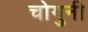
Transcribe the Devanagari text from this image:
चोगुनी